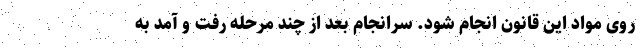
روی مواد این قانون انجام شود. سرانجام بعد از چند مرحله رفت و آمد به